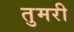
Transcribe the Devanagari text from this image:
तुमरी